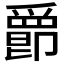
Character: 𤔴